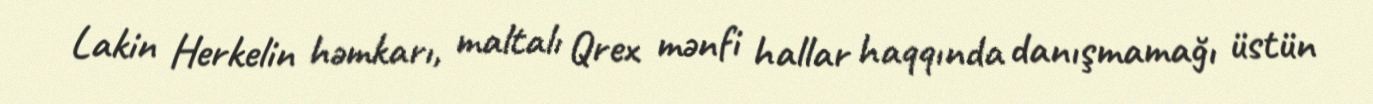
Lakin Herkelin həmkarı, maltalı Qrex mənfi hallar haqqında danışmamağı üstün